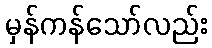
မှန်ကန်သော်လည်း